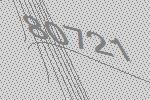
80721